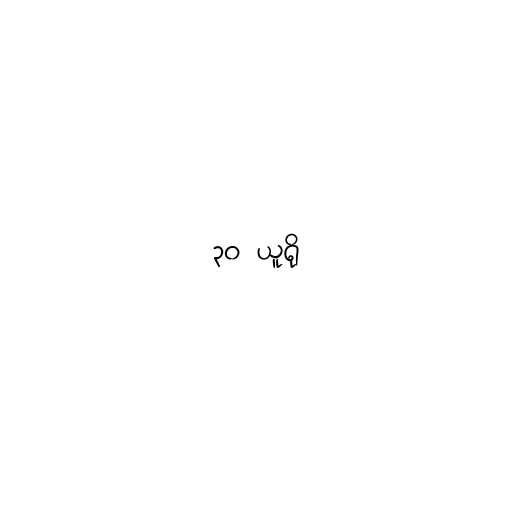
၃၀ ယူရို